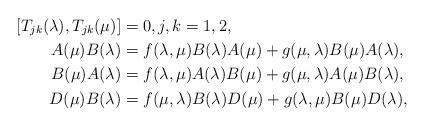
LaTeX: \begin{align*}[T_{jk}(\lambda),T_{jk}(\mu)] & = 0,j,k=1,2, \\A(\mu) B(\lambda) & = f(\lambda,\mu) B(\lambda) A(\mu) + g(\mu,\lambda) B(\mu) A(\lambda),\\B(\mu) A(\lambda) & = f(\lambda,\mu) A(\lambda) B(\mu) + g(\mu,\lambda) A(\mu) B(\lambda), \\D(\mu) B(\lambda) & = f(\mu,\lambda) B(\lambda) D(\mu) + g(\lambda,\mu) B(\mu) D(\lambda), \\& \end{align*}